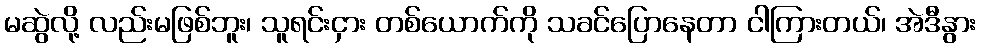
မဆွဲလို့ လည်းမဖြစ်ဘူး၊ သူရင်းငှား တစ်ယောက်ကို သခင်ပြောနေတာ ငါကြားတယ်၊ အဲဒီနွား